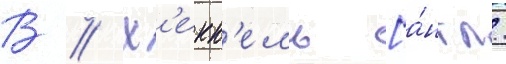
В // Х'екк'ель [а́нгл.